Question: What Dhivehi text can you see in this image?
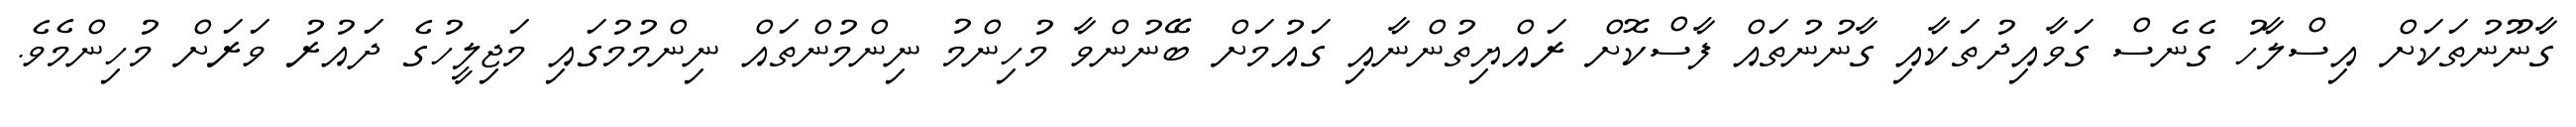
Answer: ގާނޫނުތަކަށް އިސްލާހު ގެނެސް ގަވާއިދުތަކާއި ގާނުނުތައް ފާސްކޮށް ރައްޔިތުންނާއި ގައުމަށް ބޭނުންވާ މުހިންމު ނިންމުންތައް ނިންމުމުގައި މަޖިލީހުގެ ދައުރު ވަރަށް މުހިންމެވެ.